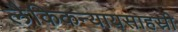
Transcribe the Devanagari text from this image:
लैकिकन्यायसाहस्री